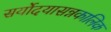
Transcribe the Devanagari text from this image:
सर्योदयासन्नकालिक